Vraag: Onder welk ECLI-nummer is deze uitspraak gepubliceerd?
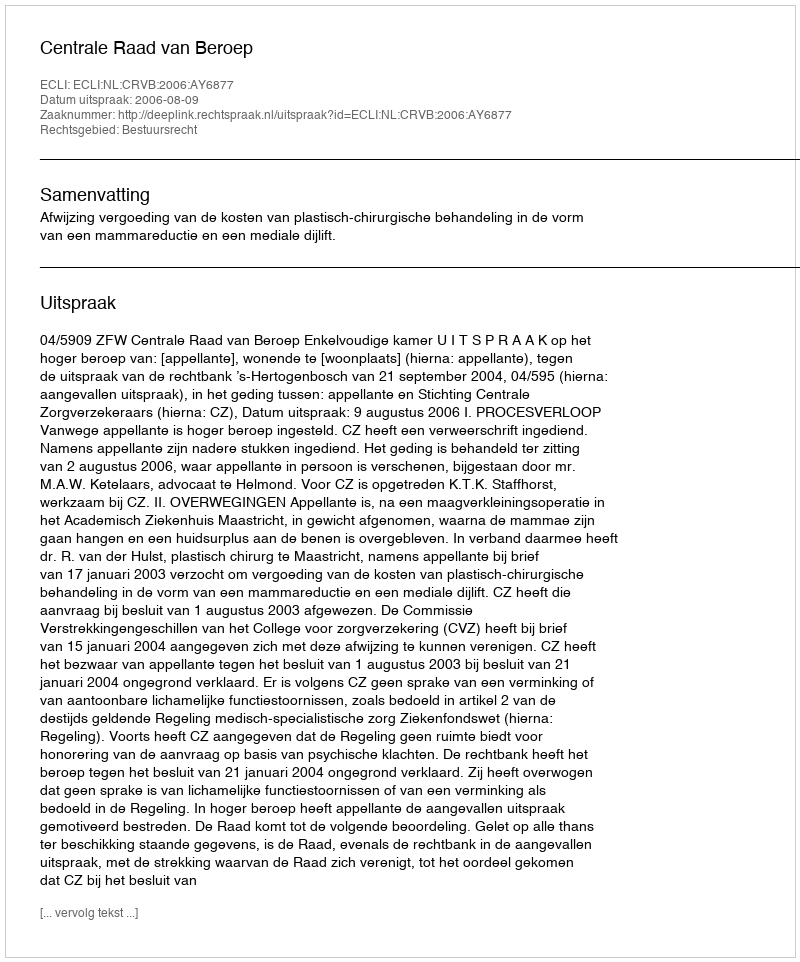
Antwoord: ECLI:NL:CRVB:2006:AY6877